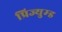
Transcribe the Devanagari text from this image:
प्रिज्युम्ड